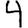
Digit: 4